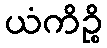
ယံကိဉ္စိ